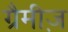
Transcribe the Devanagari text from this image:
ग्रैमीज़